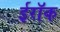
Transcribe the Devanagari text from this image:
ईरॉक